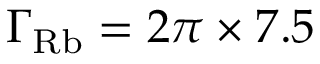
\Gamma _ { \mathrm { R b } } = 2 \pi \times 7 . 5